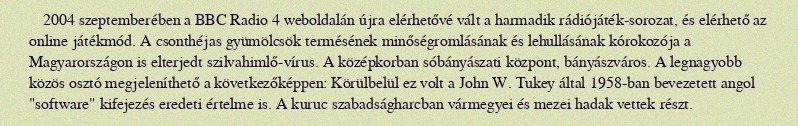
2004 szeptemberében a BBC Radio 4 weboldalán újra elérhetővé vált a harmadik rádiójáték-sorozat, és elérhető az online játékmód. A csonthéjas gyümölcsök termésének minőségromlásának és lehullásának kórokozója a Magyarországon is elterjedt szilvahimlő-vírus. A középkorban sóbányászati központ, bányászváros. A legnagyobb közös osztó megjeleníthető a következőképpen: Körülbelül ez volt a John W. Tukey által 1958-ban bevezetett angol "software" kifejezés eredeti értelme is. A kuruc szabadságharcban vármegyei és mezei hadak vettek részt.